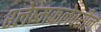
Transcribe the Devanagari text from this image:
श्लेष्मकलेवरील